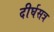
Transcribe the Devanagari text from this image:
दीर्घसत्र